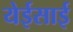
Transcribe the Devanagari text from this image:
येईसाई